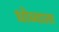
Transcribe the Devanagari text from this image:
धोब्याला